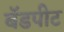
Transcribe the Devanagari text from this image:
बॅडपीट